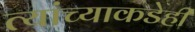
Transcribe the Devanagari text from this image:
त्यांच्याकडेही